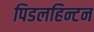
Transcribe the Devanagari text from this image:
पिडलहिन्टन